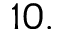
1 0 .